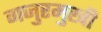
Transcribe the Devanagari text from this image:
गजुरमुखी